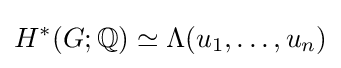
H^{*}(G;\mathbb {Q} )\simeq \Lambda (u_{1},\dots ,u_{n})